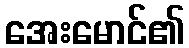
အေးမောင်၏